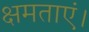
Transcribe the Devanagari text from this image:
क्षमताएं।